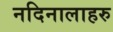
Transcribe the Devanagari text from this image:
नदिनालाहरु